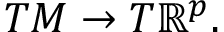
T M \to T \mathbb { R } ^ { p } .